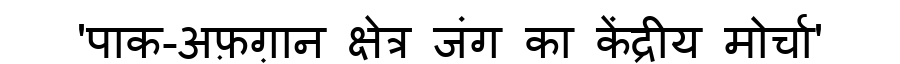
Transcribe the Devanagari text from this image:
'पाक-अफ़ग़ान क्षेत्र जंग का केंद्रीय मोर्चा'